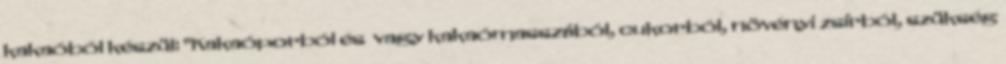
kakaóból készül: "Kakaóporból és vagy kakaómasszából, cukorból, növényi zsírból, szükség